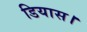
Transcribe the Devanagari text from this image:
डियास।